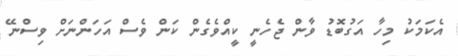
އެކަމަކު މިހާ އަގުބޮޑު ވާން ޖެހެނީ ކީއްވެގެން ކަން ވެސް އަހަންނަށް ވިސްނޭ